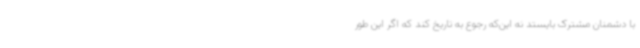
با دشمنان مشترک بایستد نه این‌که رجوع به تاریخ کند که اگر این طور